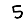
Digit: 5